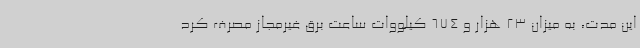
این مدت، به میزان 23 هزار و 674 کیلووات ساعت برق غیرمجاز مصرف کرد